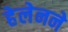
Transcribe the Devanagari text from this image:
हेलेनने